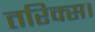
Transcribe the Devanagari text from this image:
तरिक्स।